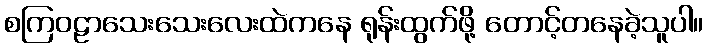
စကြဝဠာသေးသေးလေးထဲကနေ ရုန်းထွက်ဖို့ တောင့်တနေခဲ့သူပါ။